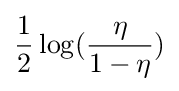
{\frac {1}{2}}\log({\frac {\eta }{1-\eta }})